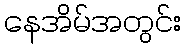
နေအိမ်အတွင်း